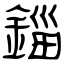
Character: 錙